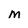
Character: m